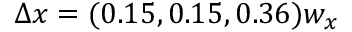
\Delta x = ( 0 . 1 5 , 0 . 1 5 , 0 . 3 6 ) w _ { x }